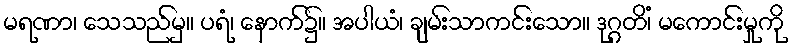
မရဏာ၊ သေသည်မှ။ ပရံ၊ နောက်၌။ အပါယံ၊ ချမ်းသာကင်းသော။ ဒုဂ္ဂတိံ၊ မကောင်းမှုကို